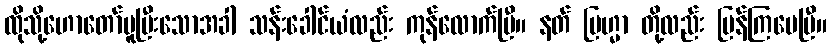
ထိုသို့ဟောတော်မူပြီးသောအခါ သန်းခေါင်ယံလည်း ကုန်လောက်ပြီ။ နတ် ဗြဟ္မာ တို့လည်း ပြန်ကြပေပြီ။